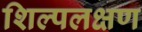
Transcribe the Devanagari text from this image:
शिल्पलक्षण